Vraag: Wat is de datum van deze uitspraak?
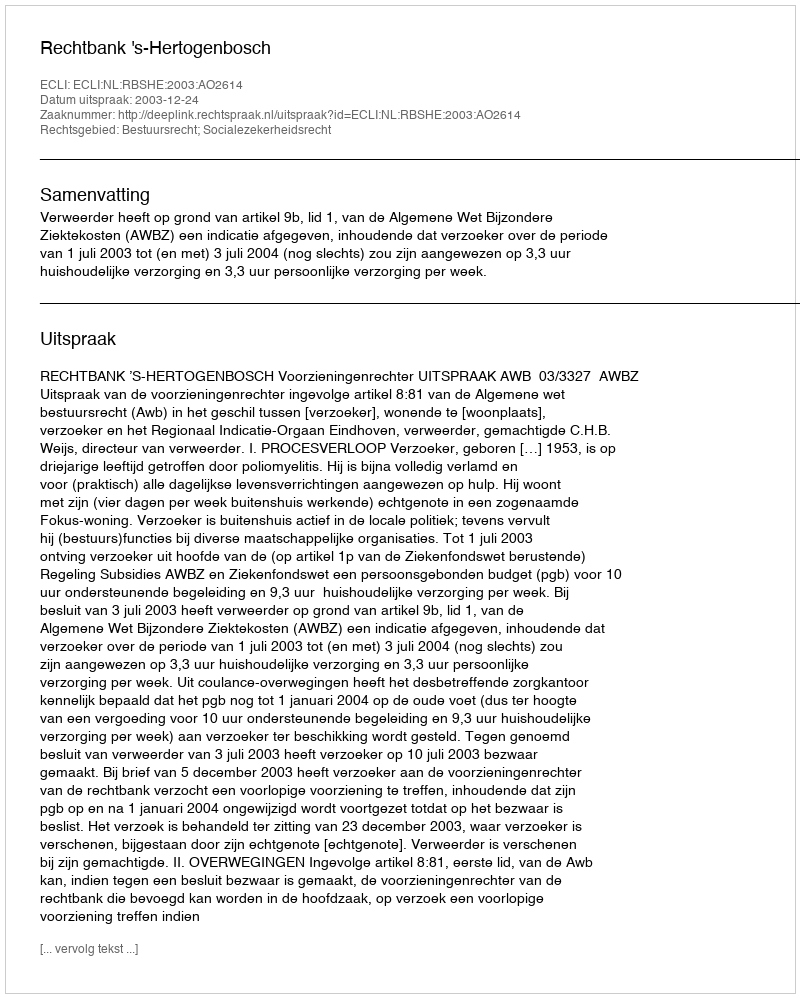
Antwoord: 2003-12-24